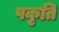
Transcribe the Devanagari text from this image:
पकृति